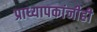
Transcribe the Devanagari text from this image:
प्राध्यापकांनीही